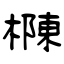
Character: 樄